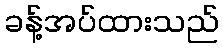
ခန့်အပ်ထားသည်